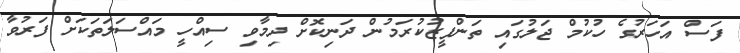
ފަސް އަހަރުގެ ހުކުމް ޖަލުގައި ތަންފީޒުކުރަމުން ދަނިކޮށް ދިމާވި ސިއްހީ މައްސަލަތަކަށް ފަރުވާ